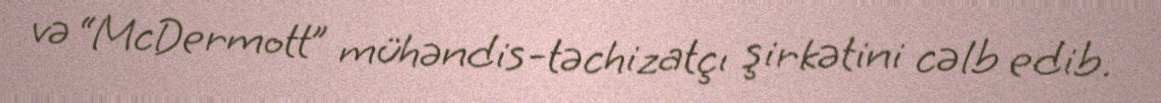
və “McDermott” mühəndis-təchizatçı şirkətini cəlb edib.